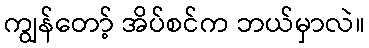
ကျွန်တော့် အိပ်စင်က ဘယ်မှာလဲ။